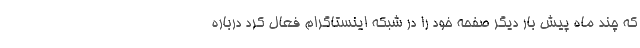
که چند ماه پیش بار دیگر صفحه خود را در شبکه اینستاگرام فعال کرد درباره